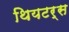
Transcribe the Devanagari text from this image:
थियटर्स